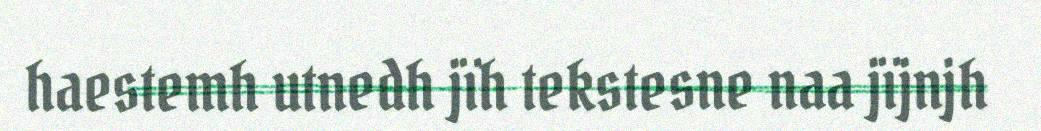
haestemh utnedh jïh tekstesne naa jïjnjh